Report on vaccination in the Province of Bengal - 1869-1873
Year: 1869
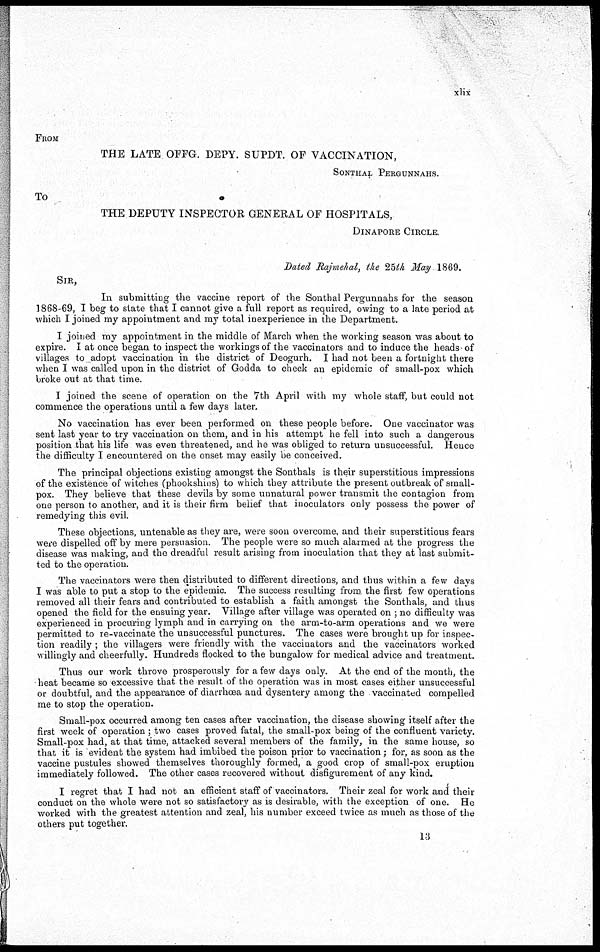
xlix
FROM
THE LATE OFFG. DEPY. SUPDT. OF VACCINATION,
SONTHAL PERGUNNAHS.
To
THE DEPUTY INSPECTOR GENERAL OF HOSPITALS,
DINAPORE CIRCLE.
Dated Rajmehal, the 25th May 1869.
SIR,
In submitting the vaccine report of the Sonthal Pergunnahs for the season
1868-69, I beg to state that I cannot give a full report as required, owing to a late period at
which I joined my appointment and my total inexperience in the Department.
I joined my appointment in the middle of March when the working season was about to
expire. I at once began to inspect the workings of the vaccinators and to induce the heads-of
villages to _adopt vaccination in the district of Deogurh. I had not been a fortnight there
when I was called upon in the district of Godda to check an epidemic of small-pox which
broke out at that time.
I joined the scene of operation on the 7th April with my whole staff, but could not
commence the operations until a few days later.
No vaccination has ever been performed on these people before. One vaccinator was
sent last year to try vaccination on them, and in his attempt he fell into such a dangerous
position that his life was even threatened, and he was obliged to return unsuccessful. Hence
the difficulty I encountered on the onset may easily be conceived.
The principal objections existing amongst the Sonthals is their superstitious impressions
of the existence of witches (phookshins) to which they attribute the present outbreak of small-
pox. They believe that these devils by some unnatural power transmit the contagion from
one person to another, and it is their firm belief that inoculators only possess the power of
remedying this evil.
These objections, untenable as they are, were soon overcome, and their superstitious fears
were dispelled off by mere persuasion. The people were so much alarmed at the progress the
disease was making, and the dreadful result arising from inoculation that they at last submit-
ted to the operation.
The vaccinators were then distributed to different directions, and thus within a few days
I was able to put a stop to the epidemic. The success resulting from the first few operations
removed all their fears and contributed to establish a faith amongst the Sonthals, and thus
opened the field for the ensuing year. Village after village was operated on ; no difficulty was
experienced in procuring lymph and in carrying on the arm-to-arm operations and we were
permitted to re-vaccinate the unsuccessful punctures. The cases were brought up for inspec-
tion readily ; the villagers were friendly with the vaccinators and the vaccinators worked
willingly and cheerfully. Hundreds flocked to the bungalow for medical advice and treatment.
Thus our work throve prosperously for a few days only. At the end of the month, the
heat became so excessive that the result of the operation was in most cases either unsuccessful
or doubtful, and the appearance of diarrhœa and dysentery among the vaccinated compelled
me to stop the operation.
Small-pox occurred among ten cases after vaccination, the disease showing itself after the
first week of operation ; two cases proved fatal, the small-pox being of the confluent variety.
Small-pox had, at that time, attacked several members of the family, in the same house, so
that it is evident the system had imbibed the poison prior to vaccination; for, as soon as the
vaccine pustules showed themselves thoroughly formed, a good crop of small-pox eruption
immediately followed. The other cases recovered without disfigurement of any kind.
I regret that I had not an efficient staff of vaccinators. Their zeal for work and their
conduct on the whole were not so satisfactory as is desirable, with the exception of one. He
worked with the greatest attention and zeal, his number exceed twice as much as those of the
others put together.
13